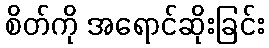
စိတ်ကို အရောင်ဆိုးခြင်း